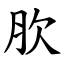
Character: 肷